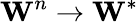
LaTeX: \textbf{W}^{n}\to\textbf{W}^{*}